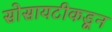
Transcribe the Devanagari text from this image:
सोसायटीकडून